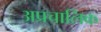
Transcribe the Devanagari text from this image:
अप्रचालिक